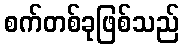
စက်တစ်ခုဖြစ်သည်